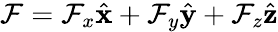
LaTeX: \mathcal{F}=\mathcal{F}_{x}\hat{\mathbf{x}}+\mathcal{F}_{y}\hat{\mathbf{y}}+\mathcal{F}_{z}\hat{\mathbf{z}}